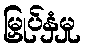
မြှုပ်နှံမှု